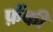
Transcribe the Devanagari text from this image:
फ़ेंकी